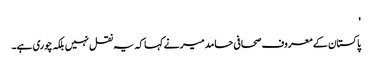
'
پاکستان کے معروف صحافی حامد میر نے کہا کہ یہ نقل نہیں بلکہ چوری ہے۔